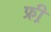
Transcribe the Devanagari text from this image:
फ्री़